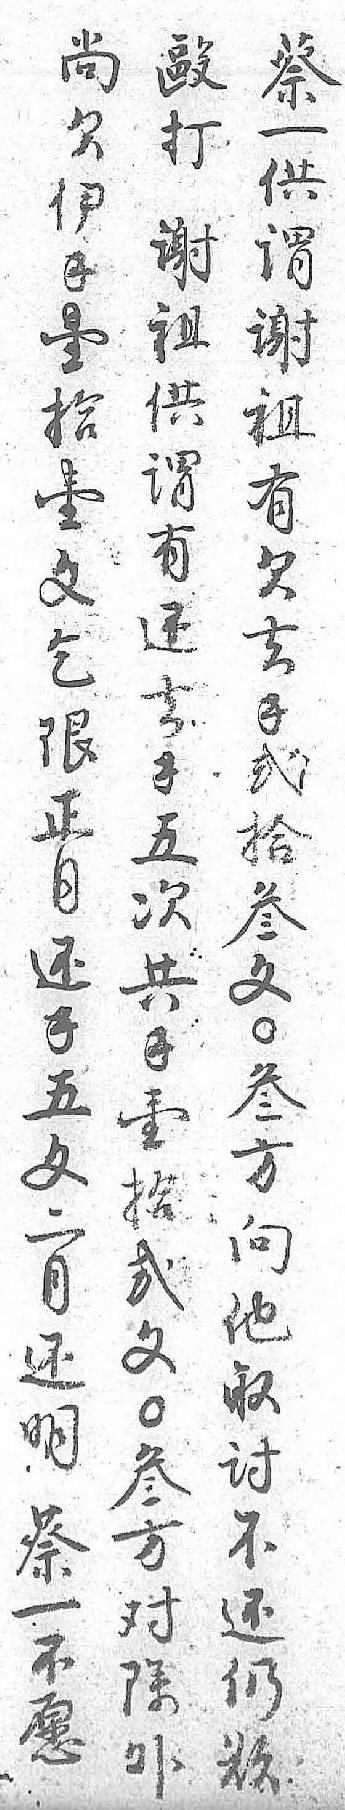
尚毆蔡欠打一伊谢供錢祖谓壹供谢拾谓祖壹有有文还欠乞去去限錢錢正五弍月次拾还共叁錢錢文五壹〇文拾叁二弍方月文向还〇他明叁取蔡方讨一对不不除还愿外仍  欲